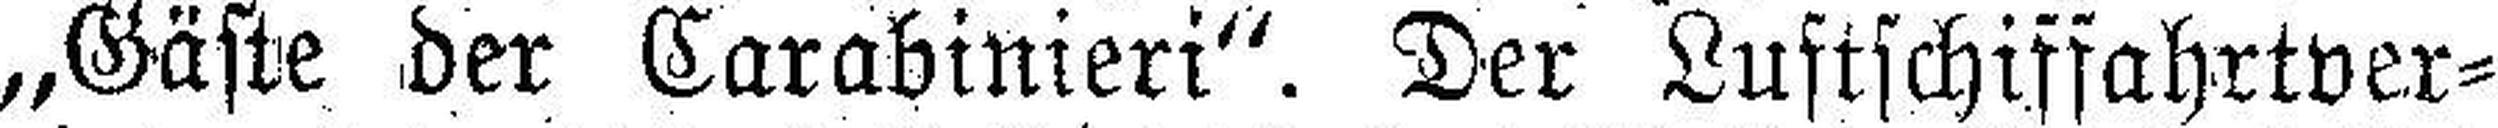
„Gäste der Carabinieri“. Der Luftschiffahrtver¬